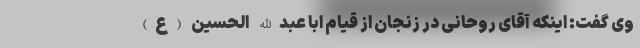
وی گفت: اینکه آقای روحانی در زنجان از قیام ابا عبدالله الحسین (ع)